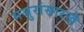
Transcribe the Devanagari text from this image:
मजुरांसारखे